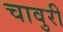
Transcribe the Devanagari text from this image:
चावुरी